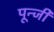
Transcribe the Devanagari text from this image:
पून्जी